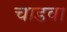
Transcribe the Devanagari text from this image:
चाडवा